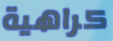
كراهية